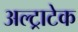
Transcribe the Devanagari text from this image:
अल्‍ट्राटेक